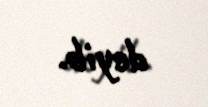
deyib.